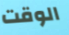
الوقت